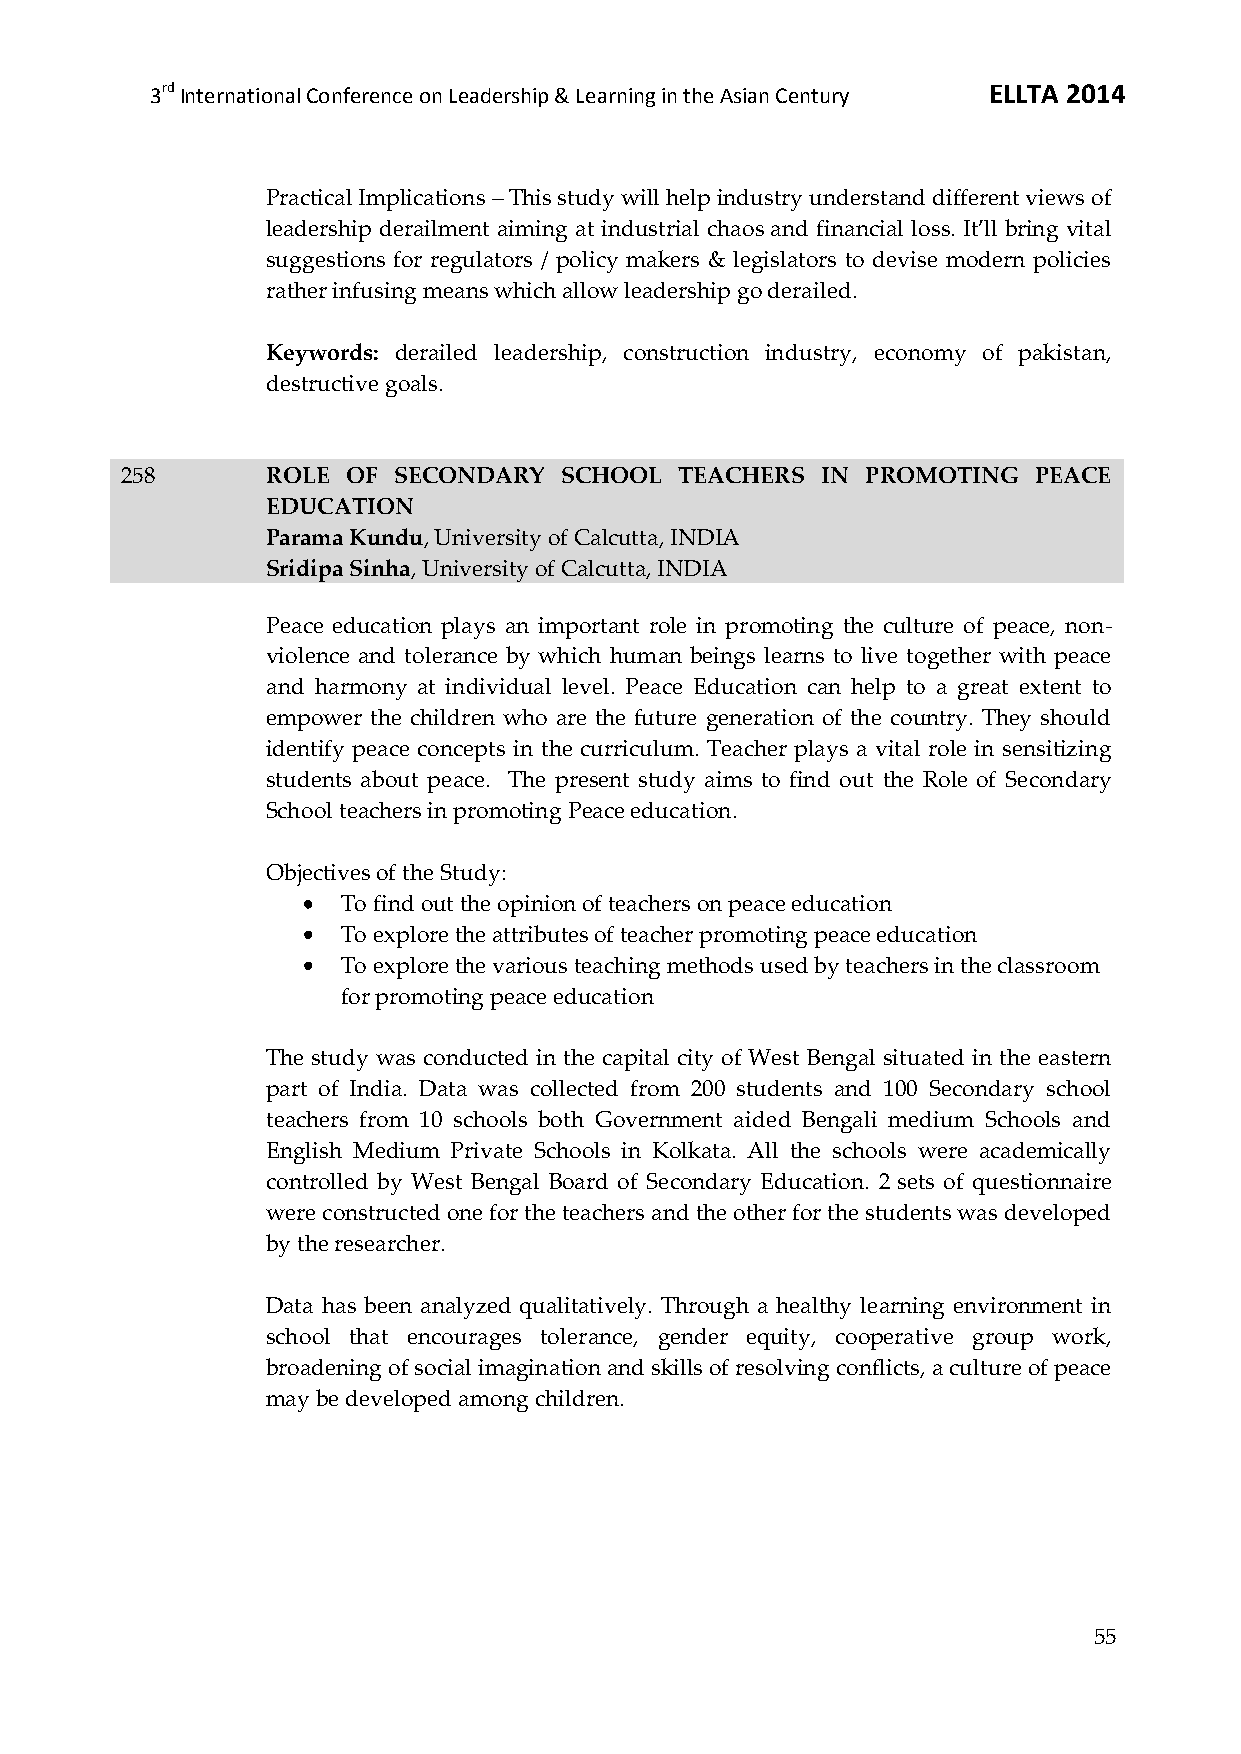
3rd International Conference on Leadership & Learning in the Asian Century ELLTA 2014
 Practical Implications – This study will help industry understand different views of
 leadership derailment aiming at industrial chaos and financial loss. It’ll bring vital
 suggestions for regulators / policy makers & legislators to devise modern policies
 rather infusing means which allow leadership go derailed.
 Keywords: derailed leadership, construction industry, economy of pakistan,
 destructive goals.
 258       ROLE OF SECONDARY  SCHOOL  TEACHERS IN PROMOTING   PEACE
 EDUCATION
 Parama Kundu, University of Calcutta, INDIA
 Sridipa Sinha, University of Calcutta, INDIA
 Peace education plays an important role in promoting the culture of peace, non-
 violence and tolerance by which human beings learns to live together with peace
 and harmony at individual level. Peace Education can help to a great extent to
 empower the children who are the future generation of the country. They should
 identify peace concepts in the curriculum. Teacher plays a vital role in sensitizing
 students about peace. The present study aims to find out the Role of Secondary
 School teachers in promoting Peace education.
 Objectives of the Study:
 To find out the opinion of teachers on peace education
 To explore the attributes of teacher promoting peace education
 To explore the various teaching methods used by teachers in the classroom
 for promoting peace education
 The study was conducted in the capital city of West Bengal situated in the eastern
 part of India. Data was collected from 200 students and 100 Secondary school
 teachers from 10 schools both Government aided Bengali medium Schools and
 English Medium Private Schools in Kolkata. All the schools were academically
 controlled by West Bengal Board of Secondary Education. 2 sets of questionnaire
 were constructed one for the teachers and the other for the students was developed
 by the researcher.
 Data has been analyzed qualitatively. Through a healthy learning environment in
 school that encourages tolerance, gender equity, cooperative group work,
 broadening of social imagination and skills of resolving conflicts, a culture of peace
 may be developed among children.
 55